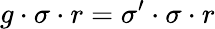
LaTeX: g\cdot\sigma\cdot r=\sigma^{\prime}\cdot\sigma\cdot r